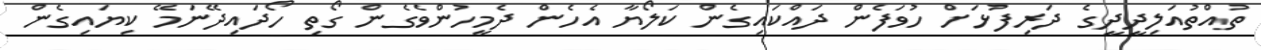
ތުއްތުއަލިދީދީގެ ދަރިފުޅަށް ހުވަފެން ދައްކައިގެން ކަލޯޔާ އެހެން ދެމީހުންވެގެން ގޯތި ހޯދައިދޭނަމޭ ކިޔައިގެން